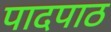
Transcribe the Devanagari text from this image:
पादपाठ